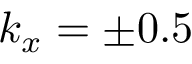
k _ { x } = \pm 0 . 5